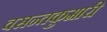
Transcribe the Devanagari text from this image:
वसन्तकुमारी